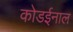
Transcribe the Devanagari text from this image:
कोडईनाल